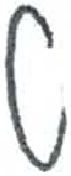
אות: ט